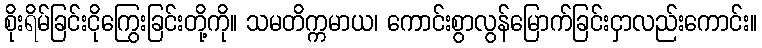
စိုးရိမ်ခြင်းငိုကြွေးခြင်းတို့ကို။ သမတိက္ကမာယ၊ ကောင်းစွာလွန်မြောက်ခြင်းငှာလည်းကောင်း။